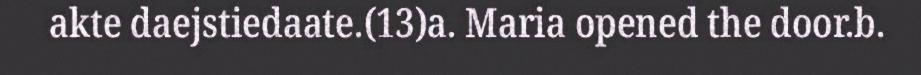
akte daejstiedaate.(13)a. Maria opened the door.b.